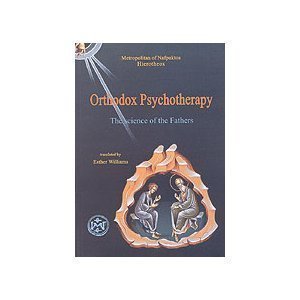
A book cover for Orthodox Psychotherapy; Esther E. Cunningham Williams; Christian Books & Bibles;